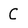
Character: C